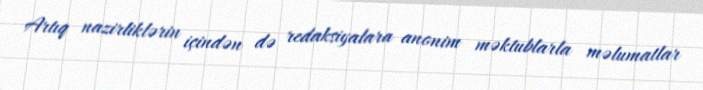
Artıq nazirliklərin içindən də redaksiyalara anonim məktublarla məlumatlar